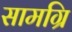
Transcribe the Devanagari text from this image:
सामग्रि